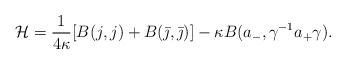
\begin{align*}\mathcal H = \frac{1}{4 \kappa}[B(j, j) + B(\bar \jmath, \bar \jmath)] - \kappa B(a_-, \gamma^{-1} a_+ \gamma).\end{align*}